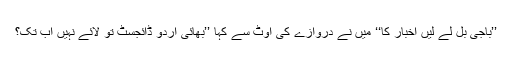
’’باجی بل لے لیں اخبار کا‘‘ میں نے دروازے کی اوٹ سے کہا ’’بھائی اُردو ڈائجسٹ تو لائے نہیں اب تک؟